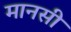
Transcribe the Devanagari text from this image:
मानसीं